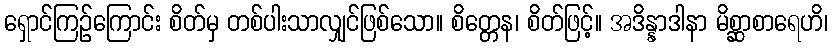
ရှောင်ကြဉ်ကြောင်း စိတ်မှ တစ်ပါးသာလျှင်ဖြစ်သော။ စိတ္တေန၊ စိတ်ဖြင့်။ အဒိန္နာဒါနာ မိစ္ဆာစာရေဟိ၊